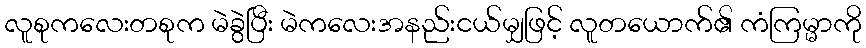
လူစုကလေးတစုက မဲခွဲပြီး မဲကလေးအနည်းငယ်မျှဖြင့် လူတယောက်၏ ကံကြမ္မာကို